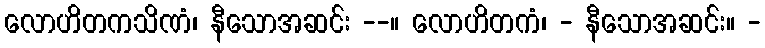
လောဟိတကသိဏံ၊ နီသောအဆင်း --။ လောဟိတကံ၊ - နီသောအဆင်း။ -